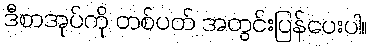
ဒီစာအုပ်ကို တစ်ပတ် အတွင်းပြန်ပေးပါ။